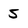
Character: 5